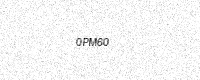
Text: 0PM60